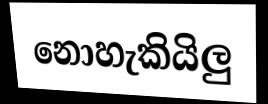
නොහැකියිලු